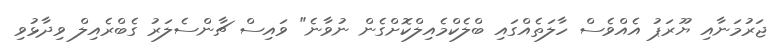
ޖަރުމަނާއި ޔޫރަޕު އެއްވެސް ހާލަތެއްގައި ބްލެކްމެއިލްކޮށްގެން ނުވާނެ" ވައިސް ޗާންސެލަރު ގެބްރެއިލް ވިދާޅުވި